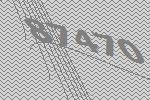
87470